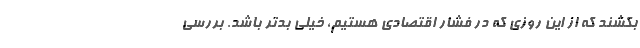
بکشند که از این روزی که در فشار اقتصادی هستیم، خیلی بدتر باشد. بررسی